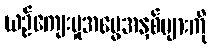
ယဉ်ကျေးမှုအမွေအနှစ်များကို